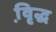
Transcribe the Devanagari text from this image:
वृि़द्ध